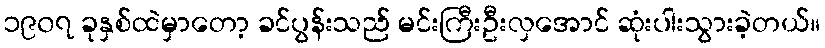
၁၉၀၇ ခုနှစ်ထဲမှာတော့ ခင်ပွန်းသည် မင်းကြီးဦးလှအောင် ဆုံးပါးသွားခဲ့တယ်။